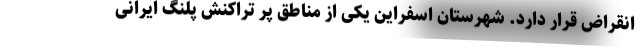
انقراض قرار دارد. شهرستان اسفراین یکی از مناطق پر تراکنش پلنگ ایرانی